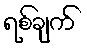
ရစ်ချက်